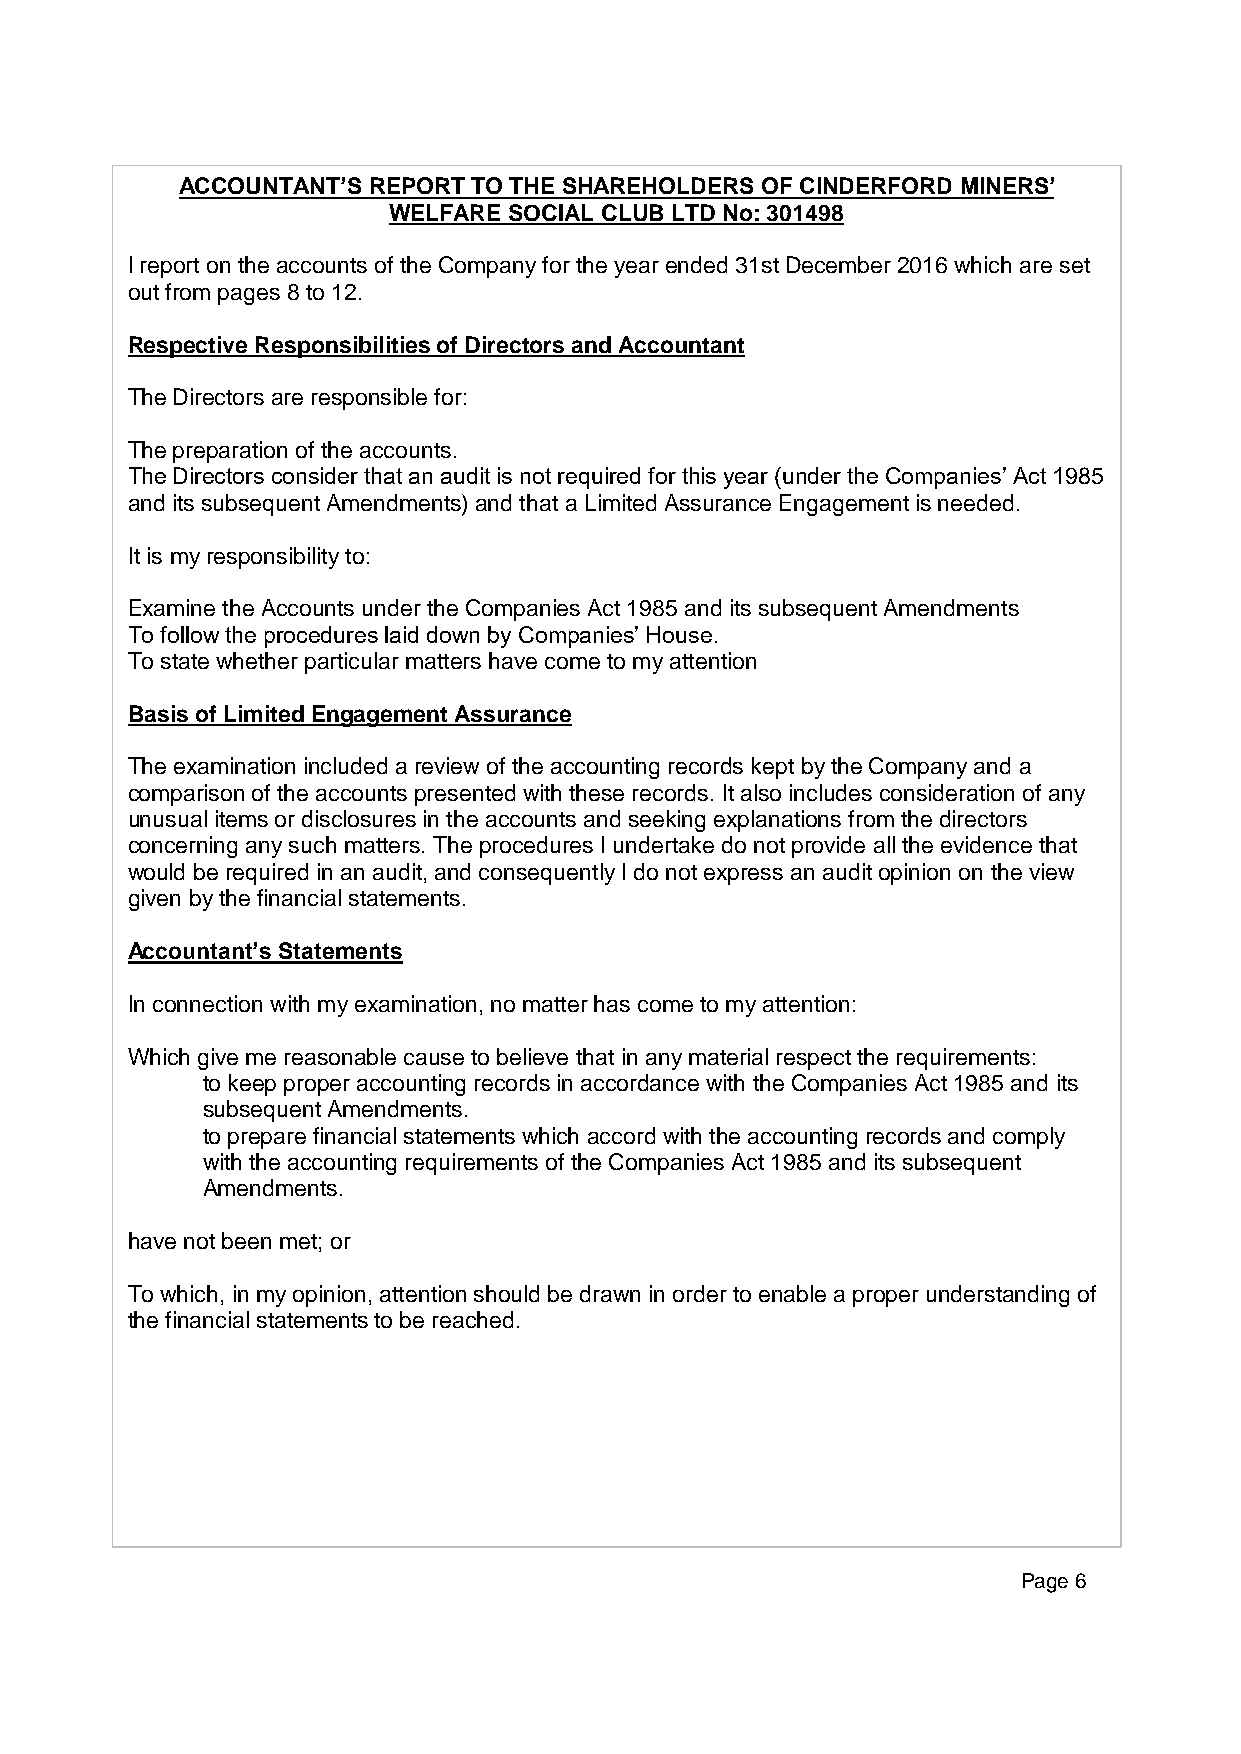
ACCOUNTANT’S REPORT TO THE SHAREHOLDERS OF CINDERFORD MINERS’
 WELFARE SOCIAL CLUB LTD No: 301498
 I report on the accounts of the Company for the year ended 31st December 2016 which are set
 out from pages 8 to 12.
 Respective Responsibilities of Directors and Accountant
 The Directors are responsible for:
 The preparation of the accounts.
 The Directors consider that an audit is not required for this year (under the Companies’ Act 1985
 and its subsequent Amendments) and that a Limited Assurance Engagement is needed.
 It is my responsibility to:
 Examine the Accounts under the Companies Act 1985 and its subsequent Amendments
 To follow the procedures laid down by Companies’ House.
 To state whether particular matters have come to my attention
 Basis of Limited Engagement Assurance
 The examination included a review of the accounting records kept by the Company and a
 comparison of the accounts presented with these records. It also includes consideration of any
 unusual items or disclosures in the accounts and seeking explanations from the directors
 concerning any such matters. The procedures I undertake do not provide all the evidence that
 would be required in an audit, and consequently I do not express an audit opinion on the view
 given by the financial statements.
 Accountant’s Statements
 In connection with my examination, no matter has come to my attention:
 Which give me reasonable cause to believe that in any material respect the requirements:
 to keep proper accounting records in accordance with the Companies Act 1985 and its
 subsequent Amendments.
 to prepare financial statements which accord with the accounting records and comply
 with the accounting requirements of the Companies Act 1985 and its subsequent
 Amendments.
 have not been met; or
 To which, in my opinion, attention should be drawn in order to enable a proper understanding of
 the financial statements to be reached.
 Page 6